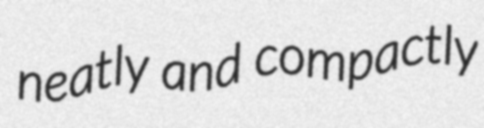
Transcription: neatly and compactly